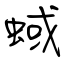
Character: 蜮